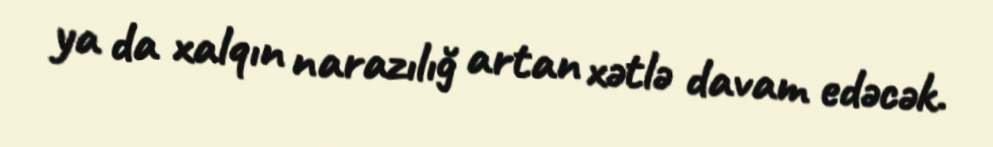
ya da xalqın narazılığ artan xətlə davam edəcək.